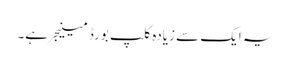
یہ ایک سے زیادہ کلپ بورڈ مینیجر ہے۔